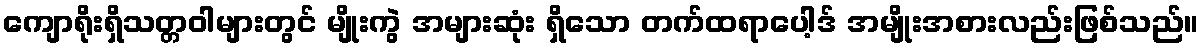
ကျောရိုးရှိသတ္တဝါများတွင် မျိုးကွဲ အများဆုံး ရှိသော တက်ထရာပေါ့ဒ် အမျိုးအစားလည်းဖြစ်သည်။